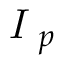
\textit { I } _ { p }